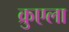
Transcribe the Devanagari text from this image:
क्रुएला